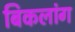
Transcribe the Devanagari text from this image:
बिकलांग